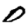
Digit: 0